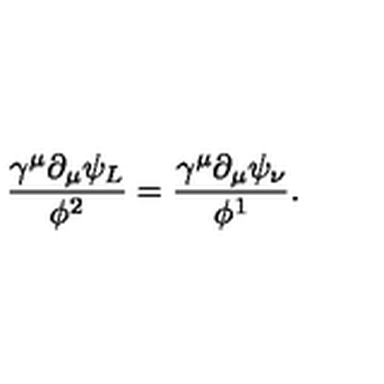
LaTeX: \frac { \gamma ^ { \mu } \partial _ { \mu } \psi _ { L } } { \phi ^ { 2 } } = \frac { \gamma ^ { \mu } \partial _ { \mu } \psi _ { \nu } } { \phi ^ { 1 } } .